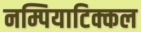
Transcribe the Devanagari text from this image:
नम्पियाटिक्कल